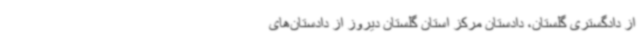
از دادگستری گلستان، دادستان مرکز استان گلستان دیروز از دادستان‌های